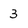
Character: 3